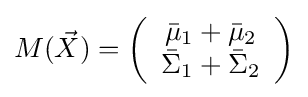
M({\vec {X}})=\left({\begin{array}{*{20}c}{{\bar {\mu }}_{1}+{\bar {\mu }}_{2}}\\{{\bar {\Sigma }}_{1}+{\bar {\Sigma }}_{2}}\\\end{array}}\right)